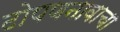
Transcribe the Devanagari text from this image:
टोपणनावाचा